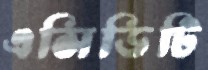
এসিডিটি